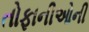
તોફાનીઓની